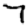
Digit: 7